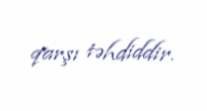
qarşı təhdiddir.